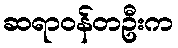
ဆရာဝန်တဦးက